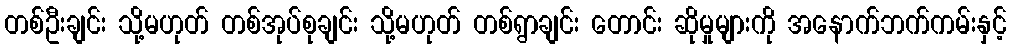
တစ်ဦးချင်း သို့မဟုတ် တစ်အုပ်စုချင်း သို့မဟုတ် တစ်ရွာချင်း တောင်း ဆိုမှုများကို အနောက်ဘက်ကမ်းနှင့်